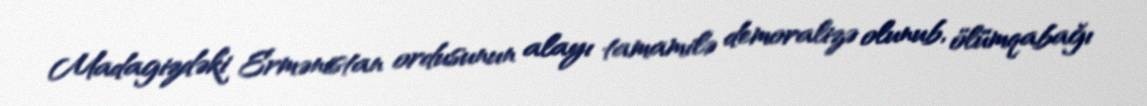
Madagizdəki Ermənistan ordusunun alayı tamamilə demoralizə olunub, ölümqabağı